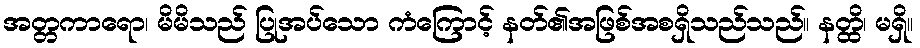
အတ္တကာရော၊ မိမိသည် ပြုအပ်သော ကံကြောင့် နတ်၏အဖြစ်အစရှိသည်သည်။ နတ္ထိ၊ မရှိ။